Report of the Bombay Veterinary College
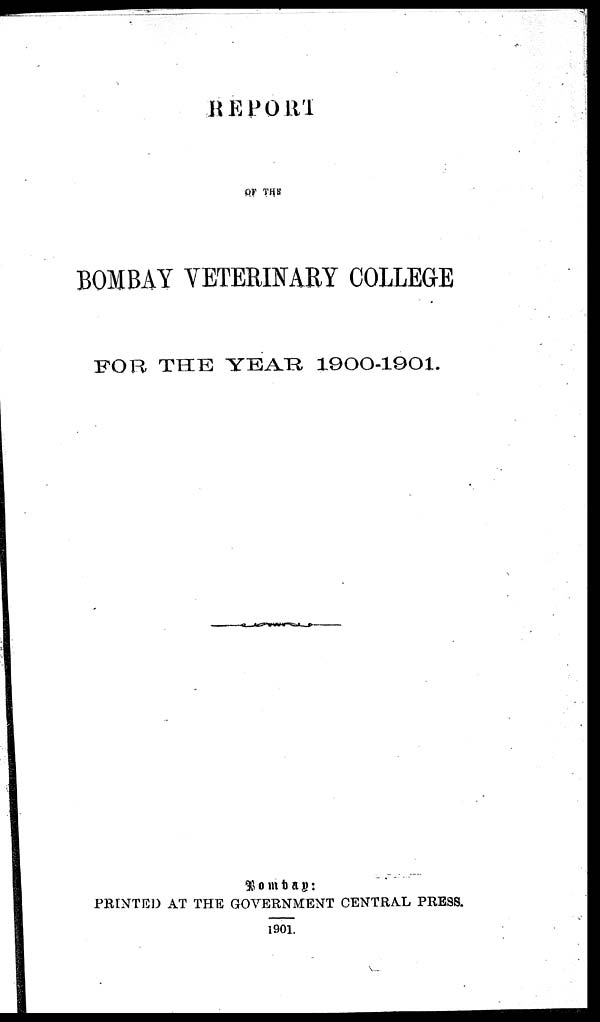
REPORT
OF THE
BOMBAY VETERINARY COLLEGE
FOR THE YEAR 1900-1901.
Bombay :
PRINTED AT THE GOVERNMENT CENTRAL PRESS.
1901.